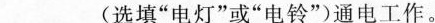
___(选填”电灯”或”电铃”)通电工作。